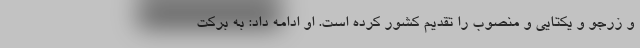
و زرجو و یکتایی و منصوب را تقدیم کشور کرده است. او ادامه داد: به برکت